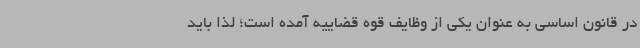
در قانون اساسی به عنوان یکی از وظایف قوه قضاییه آمده است؛ لذا باید